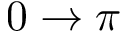
0 \to \pi